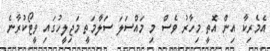
އެމެރިކާ އިން އޮތީ މިހާރު ވެސް މި މައްސަލަ ސަލާމަތީ މަޖިލީހުގައި ވީޓޯކުރާނެ